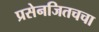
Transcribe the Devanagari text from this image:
प्रसेनजितचचा